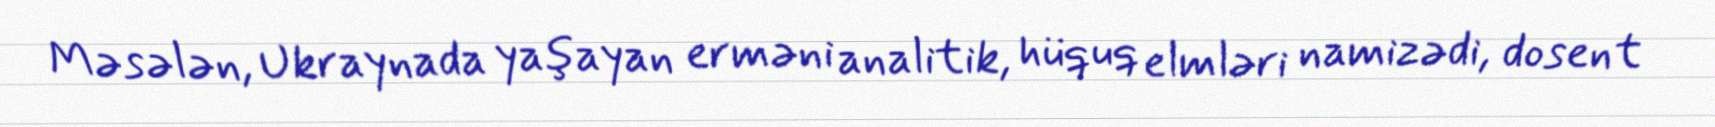
Məsələn, Ukraynada yaşayan erməni analitik, hüquq elmləri namizədi, dosent